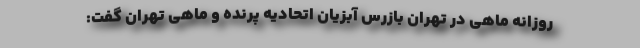
روزانه ماهی در تهران بازرس آبزیان اتحادیه پرنده و ماهی تهران گفت: